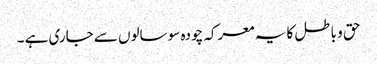
حق و باطل کا یہ معرکہ چودہ سو سالوں سے جاری ہے ۔